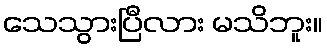
သေသွားပြီလား မသိဘူး။